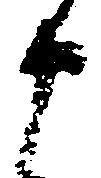
申